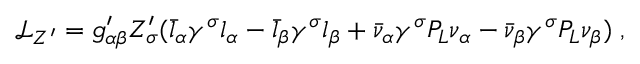
\mathscr { L } _ { Z ^ { \prime } } = g _ { \alpha \beta } ^ { \prime } Z _ { \sigma } ^ { \prime } ( \bar { l } _ { \alpha } \gamma ^ { \sigma } l _ { \alpha } - \bar { l } _ { \beta } \gamma ^ { \sigma } l _ { \beta } + \bar { \nu } _ { \alpha } \gamma ^ { \sigma } P _ { L } \nu _ { \alpha } - \bar { \nu } _ { \beta } \gamma ^ { \sigma } P _ { L } \nu _ { \beta } ) \; ,